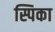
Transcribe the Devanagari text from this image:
स्पिका